Calcutta medical institutions reports 1871-78
Year: 1871
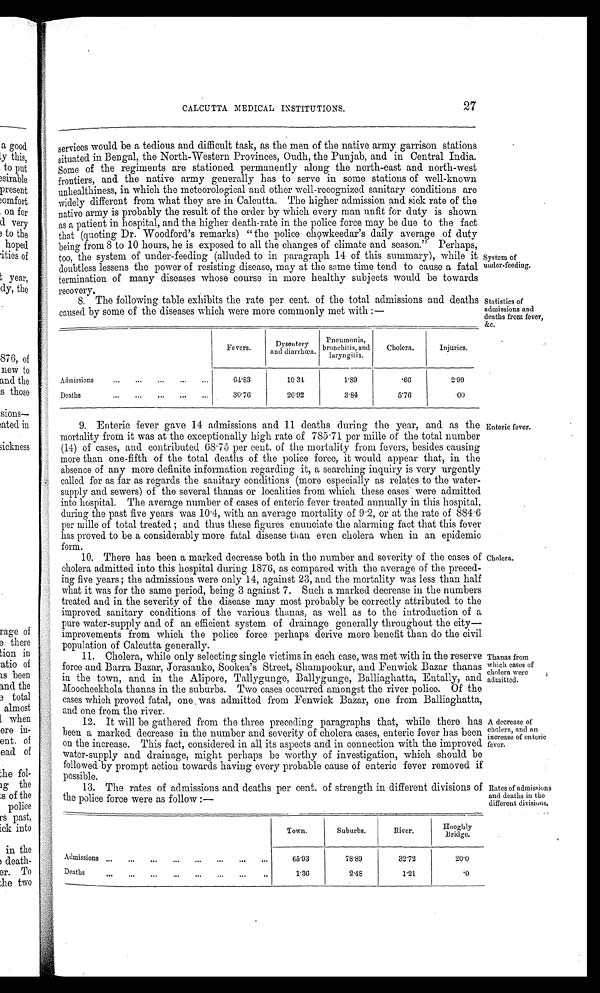
CALCUTTA MEDICAL INSTITUTIONS.
27
services would be a tedious and difficult task, as the men of the native army garrison stations
situated in Bengal, the North-Western Provinces, Oudh, the Punjab, and in Central India.
Some of the regiments are stationed permanently along the north-east and north-west
frontiers, and the native army generally has to serve in some stations of well-known
unhealthiness, in which the meteorological and other well-recognized sanitary conditions are
widely different from what they are in Calcutta. The higher admission and sick rate of the
native army is probably the result of the order by which every man unfit for duty is shown
as a patient in hospital, and the higher death-rate in the police force may be due to the fact
that (quoting Dr. Woodford's remarks) "the police chowkeedar's daily average of duty
being from 8 to 10 hours, he is exposed to all the changes of climate and season." Perhaps,
too, the system of under-feeding (alluded to in paragraph 14 of this summary), while it
doubtless lessens the power of resisting disease, may at the same time tend to cause a fatal
termination of many diseases whose course in more healthy subjects would be towards
recovery.
8. The following table exhibits the rate per cent. of the total admissions and deaths
caused by some of the diseases which were more commonly met with:—
Admissions ... ... ... ... ...
Fever s.
Dysent ery and di arrhœa. Pneumonia,
bronchitis, and
laryngitis.
Cholera.
Injuries.
64·83
10· 31
1·89
·66
2 · 9 9
Deaths ... ... ... ... ...
30·76
26·92
3· 84
5·76
·00
System of
under-feeding.
Statistics of
admissions and
deaths from fever,
&c.
9. Enteric fever gave 14 admissions and 11 deaths during the year, and as the
mortality from it was at the exceptionally high rate of 785·71 per mille of the total number
(14) of cases, and contributed 68·75 per cent. of the mortality from fevers, besides causing
more than one-fifth of the total deaths of the police force, it would appear that, in the
absence of any more definite information regarding it, a searching inquiry is very urgently
called for as far as regards the sanitary conditions (more especially as relates to the water-
supply and sewers) of the several thanas or localities from which these cases were admitted
into hospital. The average number of cases of enteric fever treated annually in this hospital,
during the past five years was 10·4, with an average mortality of 9·2, or at the rate of 884·6
per mille of total treated; and thus these figures enunciate the alarming fact that this fever
has proved to be a considerably more fatal disease than even cholera when in an epidemic
form.
10. There has been a marked decrease both in the number and severity of the cases of
cholera admitted into this hospital during 1876, as compared with the average of the
p r e c e d - i n g f i v e y e a r s ; t h e a d m i s s i o n s w e r e o n l y 1 4 , a g a i n s t 2 3 , a n d t h e m o r t a l i t y w a s l e s s t h a n h a l f
what it was for the same period, being 3 against 7. Such a marked decrease in the numbers
treated and in the severity of the disease may most probably be correctly attributed to the
improved sanitary conditions of the various thanas, as well as to the introduction of a
pure water-supply and of an efficient system of drainage generally throughout the
c i t y — i m p r o v e m e n t s f r o m w h i c h t h e p o l i c e f o r c e p e r h a p s d e r i v e m o r e b e n e f i t t h a n d o t h e c i v i l
population of Calcutta generally.
11.
Cholera, while only selecting single victims in each case, was met with in the reserve
force and Barra Bazar, Jorasanko, Sookea's Street, Shampookur, and Fenwick Bazar thanas
in the town, and in the Alipore, Tallygunge, Ballygunge, Balliaghatta, Entally, and
Moocheekhola thanas in the suburbs. Two cases occurred amongst the river police. Of the
cases which proved fatal, one was admitted from Fenwick Bazar, one from Balliaghatta,
and one from
river.
12. It will be gathered from the three preceding paragraphs that, while there has
been a marked decrease in the number and severity of cholera cases, enteric fever has been
on the increase. This fact, considered in all its aspects and in connection with the improved
water-supply and drainage, might perhaps be worthy of investigation, which should be
followed by prompt action towards having every probable cause of enteric fever removed if
p o s s i b l e .
13.
The rates of admissions and deaths per cent. of strength in different divisions of
the police force were as follow:—
Enteric fever.
Cholera.
Thanas from
which cases of
cholera were
admitted.
A decrease of
cholera, and an
increase of enteric
fever.
Rates of admissions
and deaths in the
different divisions.
Admissions ... ... ... ... ... ... ... ...
Town.
Suburbs.
River.
H o o g h l y
Bridge.
6 5 · 9 3
78· 89
3 2 · 7 2
2 0 · 0
Deaths ... ... ... ... ... ... ... ...
1·36
2 · 4 8
1·21
· 0